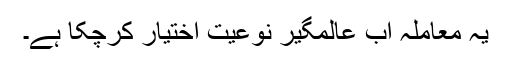
یہ معاملہ اب عالمگیر نوعیت اختیار کرچکا ہے۔